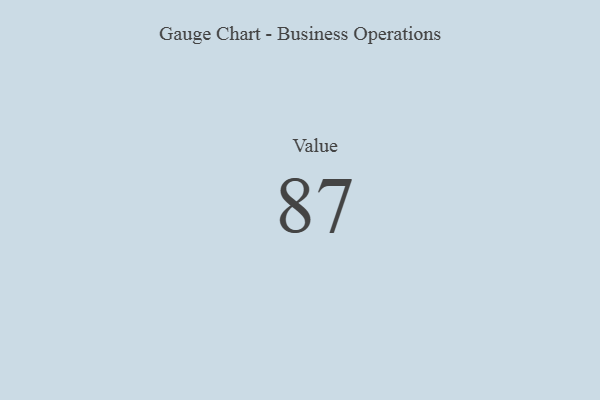
{"axis": {"x": "Metric", "y": "Value"}, "legend": [""], "data": [{"x": "Value", "y": 87, "type": ""}]}